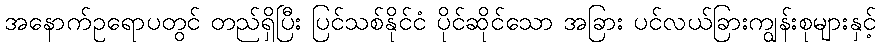
အနောက်ဥရောပတွင် တည်ရှိပြီး ပြင်သစ်နိုင်ငံ ပိုင်ဆိုင်သော အခြား ပင်လယ်ခြားကျွန်းစုများနှင့်